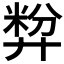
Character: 𪪷